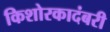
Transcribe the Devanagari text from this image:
किशोरकादंबरी